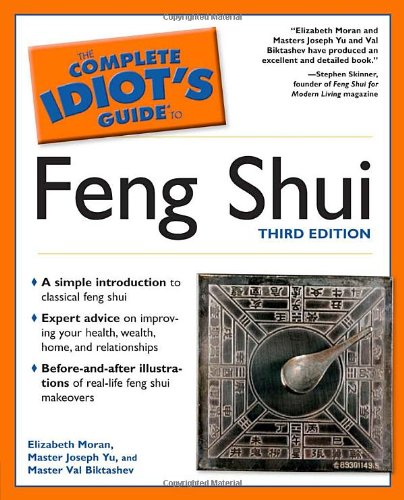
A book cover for The Complete Idiot's Guide to Feng Shui, Third Edition; Elizabeth Moran; Religion & Spirituality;